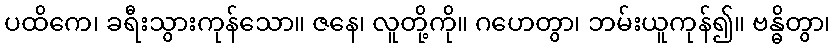
ပထိကေ၊ ခရီးသွားကုန်သော။ ဇနေ၊ လူတို့ကို။ ဂဟေတွာ၊ ဘမ်းယူကုန်၍။ ဗန္ဓိတွာ၊